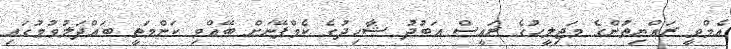
އެމްވީ ރައްޔިތުންގެ މަޖިލީހުގެ ރައީސް އަބުދު ޝާހިދުގެ ކެމްޕޭނަށް ބޭއްވި ކަންމަތީ ބައްދަލުވުމުގައި